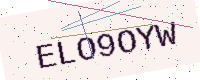
Text: ELO9OYW